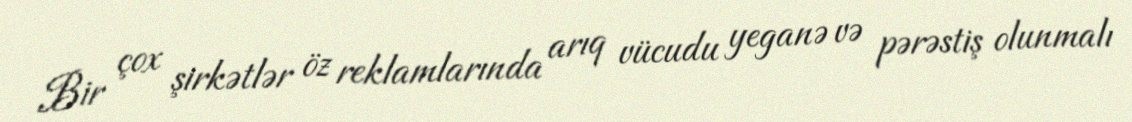
Bir çox şirkətlər öz reklamlarında arıq vücudu yeganə və pərəstiş olunmalı